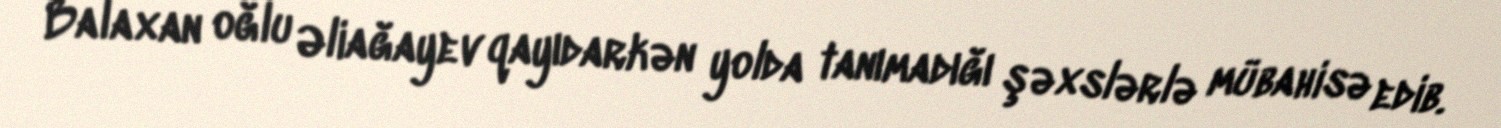
Balaxan oğlu Əliağayev qayıdarkən yolda tanımadığı şəxslərlə mübahisə edib.